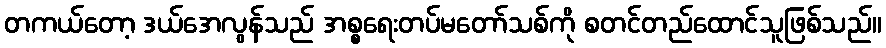
တကယ်တော့ ဒယ်အေလွန်သည် အစ္စရေးတပ်မတော်သစ်ကို စတင်တည်ထောင်သူဖြစ်သည်။